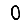
Digit: 0